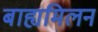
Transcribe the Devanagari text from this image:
बाह्यमिलन